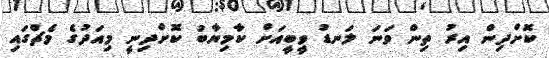
ކޮށްދިން އިރު ތިން ވަނަ ލަނޑު ވީބީއަށް ކާމިޔާބު ކޮށްދިނީ މިއަދުގެ މެޗްގައި